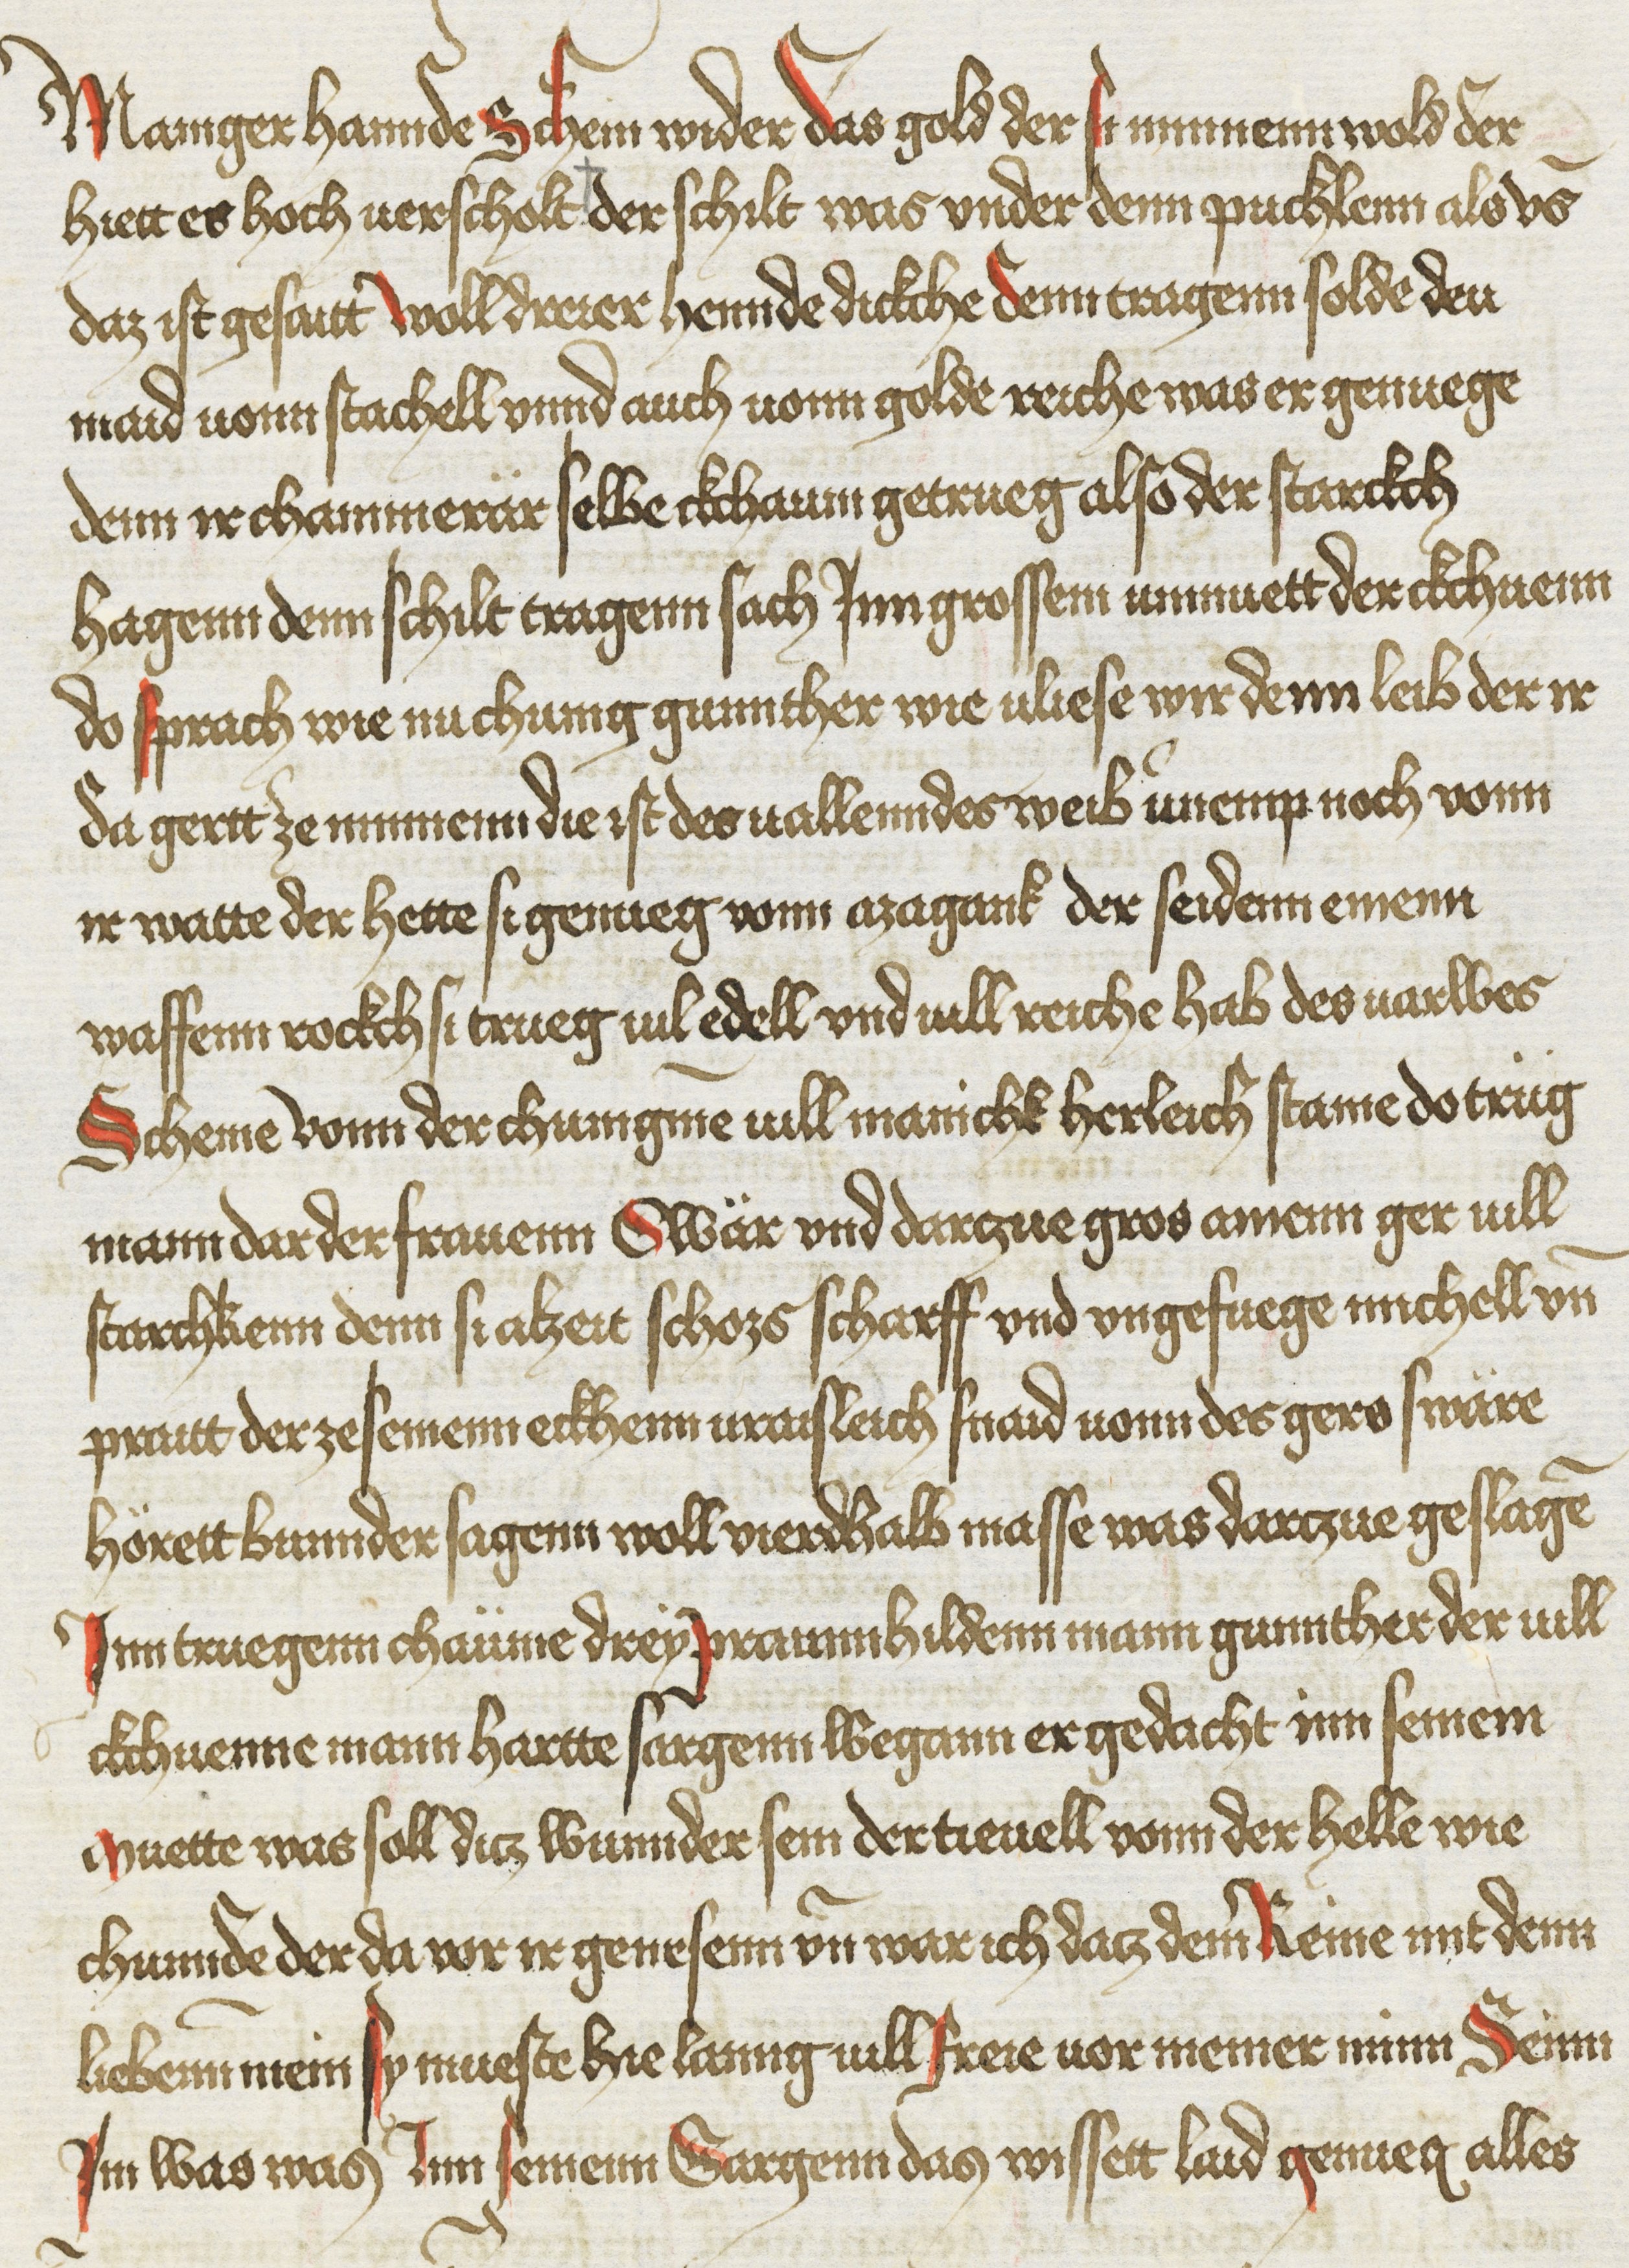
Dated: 1425–1449